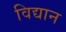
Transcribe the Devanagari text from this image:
विद्यान